Scientific memoirs by medical officers of the Army of India - Part III,
Year: 1887
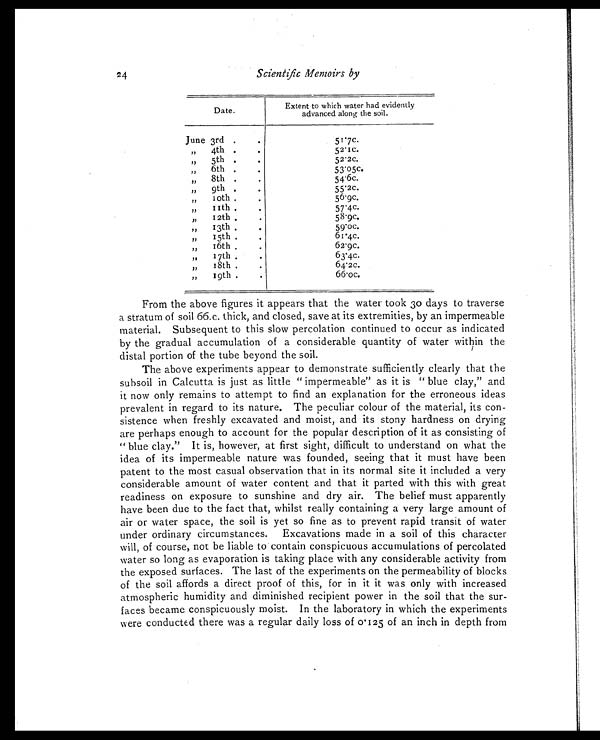
24
Scientific Memoirs by
Date.
Extent to whi ch water had evi dentl y
advanced al ong the soi l .
June 3rd ..
51.7c.
„ 4th . .
52.1c.
„ 5th .
52.2c.
, , 6th . .
53.05c.
, , 8th . .
54.6c.
„ 9th..
55.2c.
, , 10th .
56.9c.
, , 11th ..
57.4c
, , 12th .
58.9c.
, , 13th
59.0c.
,, 15th ..
61.4c.
„ 16th ..
62.9c.
„ 17th. .
63.4c.
„ 18th. .
64.2c.
„ 19th .
66.0c.
From the above figures it appears that the water took 30 days to traverse
a stratum of soil 66.c. thick, and closed, save at its extremities, by an impermeable
material. Subsequent to this slow percolation continued to occur as indicated
by the gradual accumulation of a considerable quantity of water within the
distal portion of the tube beyond the soil.
The above experiments appear to demonstrate sufficiently clearly that the
subsoil in Calcutta is just as little " impermeable" as it is " blue clay," and
it now only remains to attempt to find an explanation for the erroneous ideas
prevalent in regard to its nature. The peculiar colour of the material, its con
- s i s t e n c e w h e n f r e s h l y e x c a v a t e d a n d m o i s t , a n d i t s s t o n y h a r d n e s s o n d r y i n g
are perhaps enough to account for the popular description of it as consisting of
" blue clay." It is, however, at first sight, difficult to understand on what the
idea of its impermeable nature was founded, seeing that it must have been
patent to the most casual observation that in its normal site it included a very
considerable amount of water content and that it parted with this with great
readiness on exposure to sunshine and dry air. The belief must apparently
have been due to the fact that, whilst really containing a very large amount of
air or water space, the soil is yet so fine as to prevent rapid transit of water
under ordinary circumstances. Excavations made in a soil of this character
will, of course, not be liable to contain conspicuous accumulations of percolated
water so long as evaporation is taking place with any considerable activity from
the exposed surfaces. The last of the experiments on the permeability of blocks
of the soil affords a direct proof of this, for in it it was only with increased
atmospheric humidity and diminished recipient power in the soil that the sur
- f a c e s b e c a m e c o n s p i c u o u s l y m o i s t . I n t h e l a b o r a t o r y i n w h i c h t h e e x p e r i m e n t s
were conducted there was a regular daily loss of 0.125 of an inch in depth from